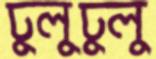
ঢুলুঢুলু